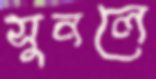
সুনলে